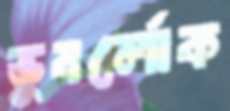
ভুবর্লোক